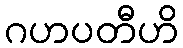
ဂဟပတီဟိ